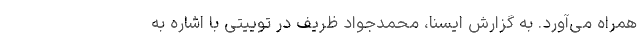
همراه می‌آورد. به گزارش ایسنا، محمدجواد ظریف در توییتی با اشاره به